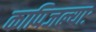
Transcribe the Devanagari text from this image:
कापिजल्याः